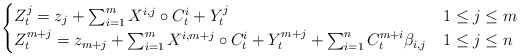
\begin{align*}\begin{cases}Z^j_t=z_j+\sum_{i=1}^m X^{i,j}\circ C^i_t+Y^j_t &1\leq j\leq m \\Z^{m+j}_t=z_{m+j}+\sum_{i=1}^m X^{i,m+j}\circ C^i_t+Y^{m+j}_t+\sum_{i=1}^{n}C^{m+i}_t\beta_{i,j} & 1\leq j\leq n\end{cases}\end{align*}